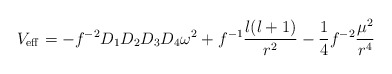
\begin{align*}V_{\rm eff} = -f^{-2} D_1 D_2 D_3 D_4 \omega^2 + f^{-1}{l(l+1)\over r^2}-{1\over 4}f^{-2}{\mu^2\over r^4}\end{align*}